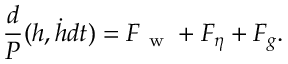
\frac { d } P ( h , \dot { h } { d t } ) = F _ { \mathrm { ~ w ~ } } + F _ { \eta } + F _ { g } .